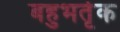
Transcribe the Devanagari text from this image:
बहुभर्तृक